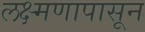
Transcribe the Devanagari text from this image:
लक्ष्मणापासून